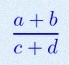
\frac{a+b}{c+d}